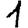
Digit: 1